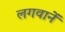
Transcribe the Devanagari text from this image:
लगवानें